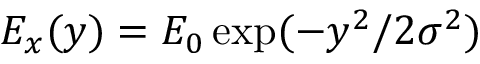
E _ { x } ( y ) = E _ { 0 } \exp ( - y ^ { 2 } / 2 \sigma ^ { 2 } )